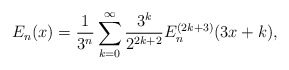
\begin{align*}E_{n}(x) = \frac{1}{3^{n}} \sum_{k=0}^{\infty} \frac{3^{k}}{2^{2k+2}} E_{n}^{(2k+3)}(3x+k),\end{align*}